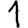
Digit: 1